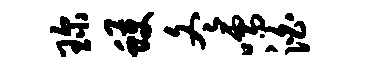
琛蠖冬嚅泊